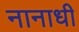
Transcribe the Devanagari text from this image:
नानाधी